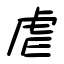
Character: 虐